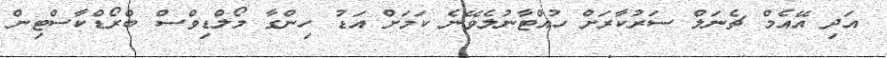
އަދި އޭއެމް ޗެނަލް ސަރުކާރަށް ހުއްޓާނުލެވޭނެ ކަމަށް އަޑު ހިންގާ މޯލްޑިވްސް ބްރޯޑްކާސްޓިން